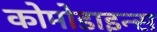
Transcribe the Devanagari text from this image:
कोमोडाइन्स